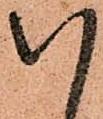
八